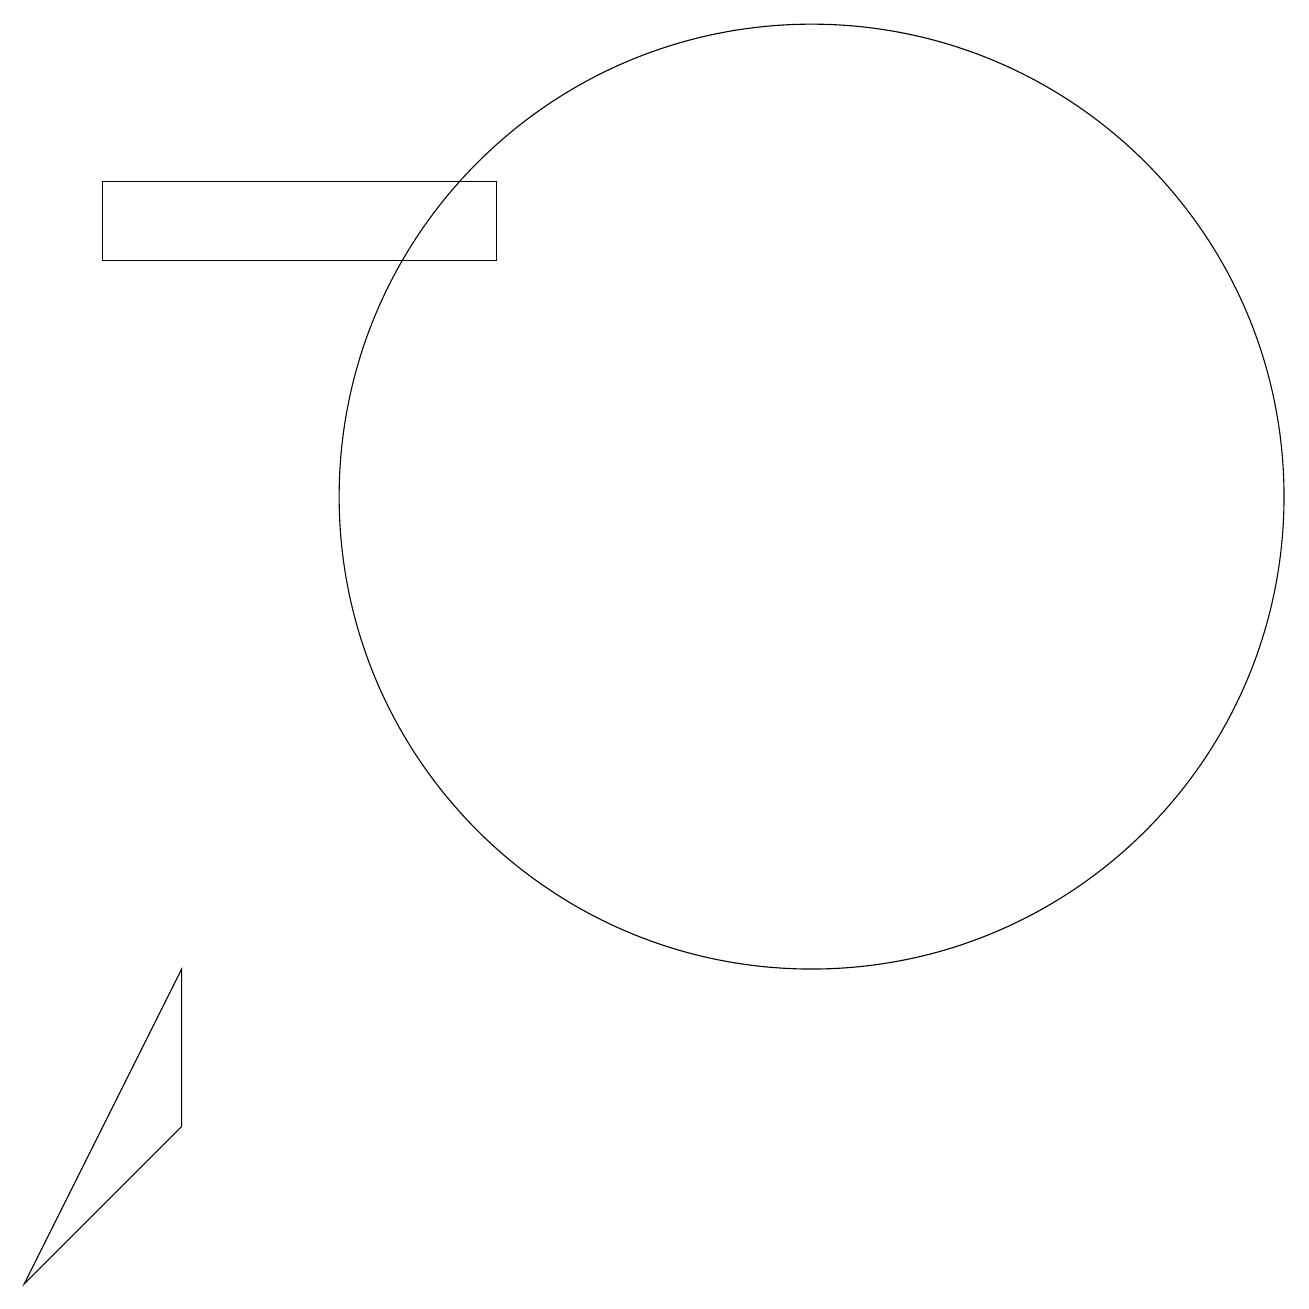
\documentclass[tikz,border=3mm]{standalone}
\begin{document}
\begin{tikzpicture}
\draw (2,10) rectangle (2,10);
\draw (10,11) circle (6);
\draw (6,15) rectangle (1,14);
\draw (2,5) -- (0,1) -- (2,3) -- cycle;
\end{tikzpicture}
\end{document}